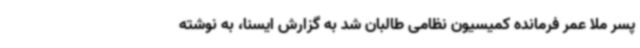
پسر ملا عمر فرمانده کمیسیون نظامی طالبان شد به گزارش ایسنا، به نوشته